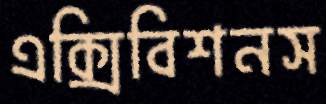
এক্সিবিশনস